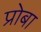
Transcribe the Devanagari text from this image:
प्रोबा